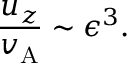
\frac { u _ { z } } { v _ { \mathrm { A } } } \sim \epsilon ^ { 3 } .